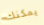
يمكنك